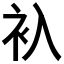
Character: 𬡂